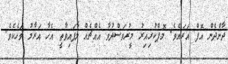
ދާންދެން އޮފް އަރައެވެ. މޮޕްކުރިއިރު މީރުވަސްދުވާ އެއްޗެއް ލާފައިވާތީ އެހާ އަރާމު ވަހެކެވެ.